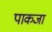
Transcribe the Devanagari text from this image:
पाकजा